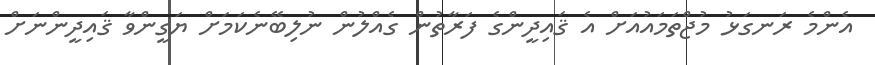
އެންމެ ރަނގަޅު މުޖްތަމައުއަށް އެ ޤައިދީންގެ ފަރާތުން ގެއްލުން ނުލިބޭނެކަމަށް ޔަގީންވާ ޤައިދީންނަށް